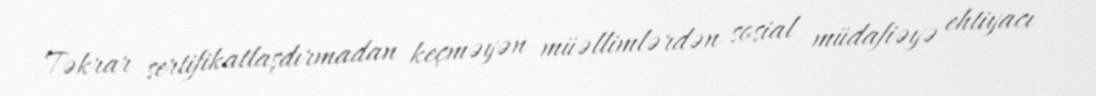
Təkrar sertifikatlaşdırmadan keçməyən müəllimlərdən sosial müdafiəyə ehtiyacı